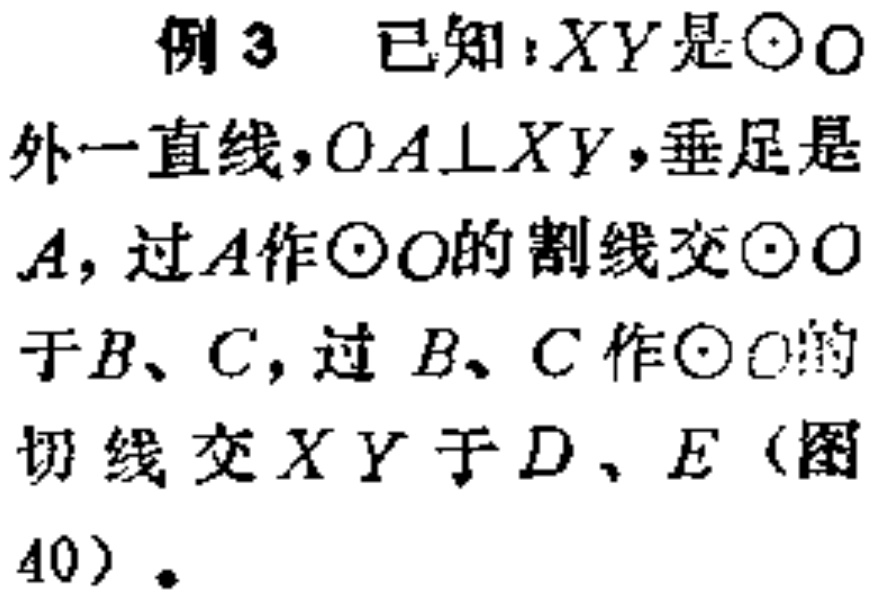
例 3 已知：$XY$是$\odot O$外一直线，$OA\perp XY$，垂足是$A$，过$A$作$\odot O$的割线交$\odot O$于$B$、$C$，过$B$、$C$作$\odot O$的切线交$XY$于$D$、$E$（图40）.